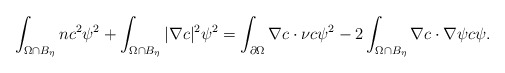
\begin{align*}\int_{\Omega\cap B_{\eta}}n c^{2}\psi^{2}+\int_{\Omega\cap B_{\eta}}|\nabla c|^{2}\psi^{2}=\int_{\partial\Omega}\nabla c\cdot\nu c\psi^{2} -2\int_{\Omega\cap B_{\eta}} \nabla c\cdot \nabla \psi c\psi.\end{align*}